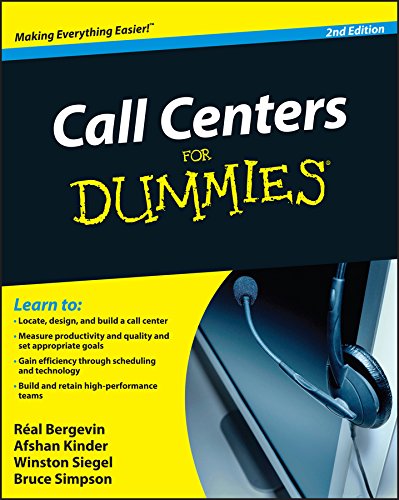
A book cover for Call Centers For Dummies; Real Bergevin; Business & Money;